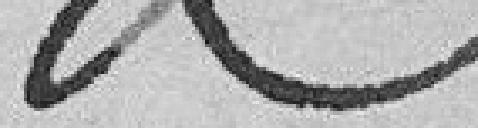
???